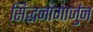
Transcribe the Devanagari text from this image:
सिद्धनागार्जुन